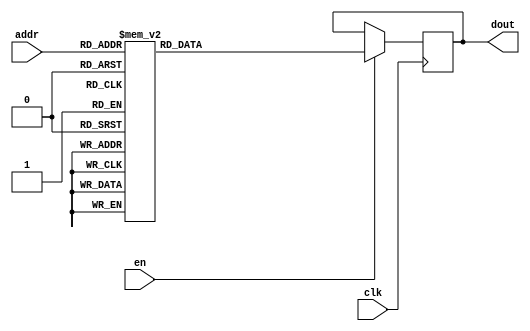
`timescale 1ns / 1ps
/*
Copyright
All right reserved.
Module Name: rom_syn
Author  : Zichuan Liu, Yixing Li and Wenye Liu.
Description:
A synthesized ROM: ROM_DEP x ROM_WID
*/
module DC_8_REF_ROM_15(
// inputs
clk,
en,
addr,
// outputs
dout
);
localparam ROM_WID = 14;
localparam ROM_DEP = 32;
localparam ROM_ADDR = 5;
// input definition
input clk;
input en;
input [ROM_ADDR-1:0] addr;
// output definition
output [ROM_WID-1:0] dout;
reg [ROM_WID-1:0] data;
always @(posedge clk)
begin
if (en) begin
case(addr)
		5'd0: data <= 14'b01000101101110;
		5'd1: data <= 14'b01001111010101;
		5'd2: data <= 14'b01000111011000;
		5'd3: data <= 14'b01000011010111;
		5'd4: data <= 14'b01001000001100;
		5'd5: data <= 14'b01000011101011;
		5'd6: data <= 14'b01001000101110;
		5'd7: data <= 14'b01001001011001;
		5'd8: data <= 14'b01001011011000;
		5'd9: data <= 14'b01000111111010;
		5'd10: data <= 14'b01001001100101;
		5'd11: data <= 14'b01000011101010;
		5'd12: data <= 14'b01000100101100;
		5'd13: data <= 14'b01000101000000;
		5'd14: data <= 14'b01001111000011;
		5'd15: data <= 14'b01000000010011;
		5'd16: data <= 14'b01000110001111;
		5'd17: data <= 14'b01000100111010;
		5'd18: data <= 14'b01001010100010;
		5'd19: data <= 14'b00111111101110;
		5'd20: data <= 14'b01001000110110;
		5'd21: data <= 14'b01000101000100;
		5'd22: data <= 14'b01000011110011;
		5'd23: data <= 14'b01001101001000;
		5'd24: data <= 14'b01001001101111;
		5'd25: data <= 14'b01010000000111;
		5'd26: data <= 14'b01000100110100;
		5'd27: data <= 14'b01000000001010;
		5'd28: data <= 14'b01001010110100;
		5'd29: data <= 14'b01001010101001;
		5'd30: data <= 14'b01001100110101;
		5'd31: data <= 14'b01000100100100;
		endcase
		end
	end
	assign dout = data;
endmodule